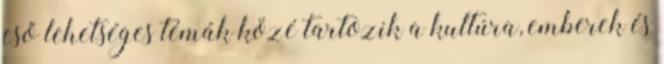
eső lehetséges témák közé tartozik a kultúra, emberek és